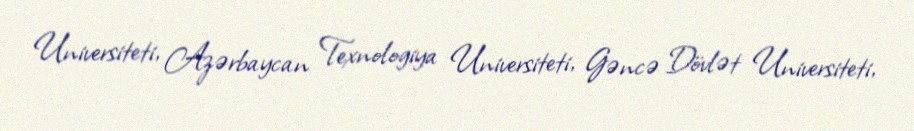
Universiteti, Azərbaycan Texnologiya Universiteti, Gəncə Dövlət Universiteti,